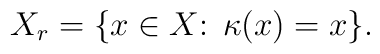
X_r = \{x \in X\colon \; \kappa(x) = x\}  .